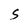
Character: S